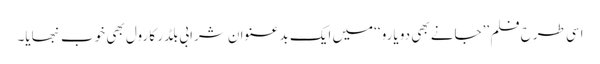
اسی طرح فلم ’’جانے بھی دو یارو ‘‘میں ایک بد عنوان شرابی بلڈر کا رول بھی خوب نبھایا۔